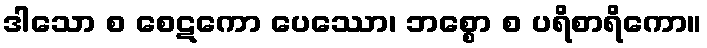
ဒါသော စ စေဋကော ပေဿော၊ ဘစ္စော စ ပရိစာရိကော။